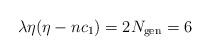
LaTeX: \begin{align*}\lambda\eta(\eta-nc_1)=2N_{\rm gen}=6\end{align*}